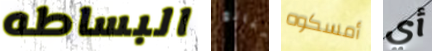
البساطه مبالغ أمسكوه أي